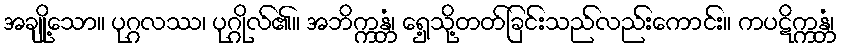
အချို့သော။ ပုဂ္ဂလဿ၊ ပုဂ္ဂိုလ်၏။ အဘိက္ကန္တံ၊ ရှေ့သို့တတ်ခြင်းသည်လည်းကောင်း။ ကပဋိက္ကန္တံ၊